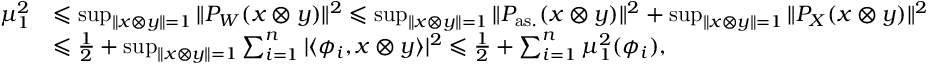
\begin{array} { r l } { \mu _ { 1 } ^ { 2 } } & { \leqslant \operatorname* { s u p } _ { \| x \otimes y \| = 1 } { \| P _ { W } ( x \otimes y ) \| ^ { 2 } } \leqslant \operatorname* { s u p } _ { \| x \otimes y \| = 1 } { \| P _ { \mathrm { a s . } } ( x \otimes y ) \| ^ { 2 } } + \operatorname* { s u p } _ { \| x \otimes y \| = 1 } { \| P _ { X } ( x \otimes y ) \| ^ { 2 } } } \\ & { \leqslant \frac { 1 } { 2 } + \operatorname* { s u p } _ { \| x \otimes y \| = 1 } { \sum _ { i = 1 } ^ { n } | \langle \phi _ { i } , x \otimes y \rangle | ^ { 2 } } \leqslant \frac { 1 } { 2 } + \sum _ { i = 1 } ^ { n } \mu _ { 1 } ^ { 2 } ( \phi _ { i } ) , } \end{array}